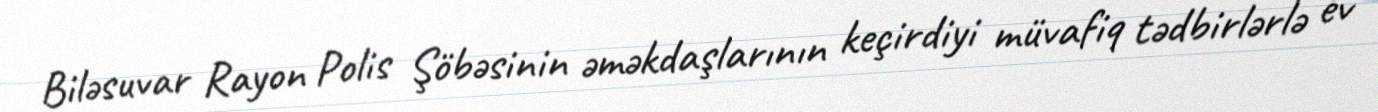
Biləsuvar Rayon Polis Şöbəsinin əməkdaşlarının keçirdiyi müvafiq tədbirlərlə ev